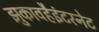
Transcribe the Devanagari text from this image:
झुकावहैइंटरनेट